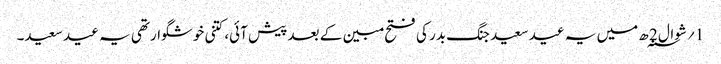
1؍ شوال 2 ؁ھ میں یہ عید سعید جنگ بدر کی فتح مبین کے بعد پیش آئی، کتنی خوشگوار تھی یہ عید سعید۔